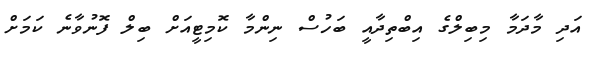
އަދި މާދަމާ މިބިލްގެ އިބްތިދާއީ ބަހުސް ނިންމާ ކޮމިޓީއަށް ބިލް ފޮނުވާނެ ކަމަށް